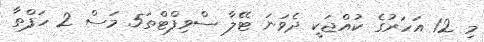
މި 12 އަހަރުގެ ކުއްޖަކީ ދެވަނަ ޓޭލާ ސްވިފްޓްތަ5 މަސް 2 ހަފްތާ